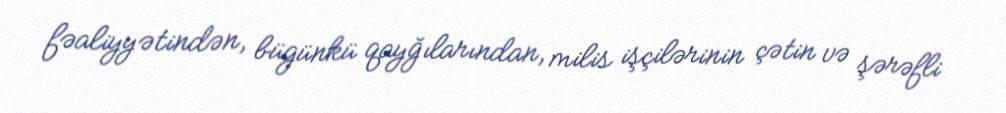
fəaliyyətindən, bügünkü qayğılarından, milis işçilərinin çətin və şərəfli